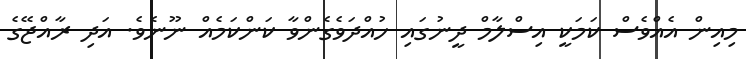
މިއިން އެއްވެސް ކަމަކީ އިސްލާމް ދީނުގައި ހުއްދަވެގެންވާ ކަންކަމެއް ނޫނެވެ. އަދި ރާއްޖޭގެ